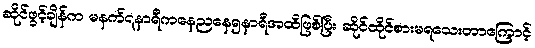
ဆိုင်ဖွင့်ချိန်က မနက်၇နာရီကနေညနေ၅နာရီအထိဖြစ်ပြီး ဆိုင်ထိုင်စားမရသေးတာကြောင့်